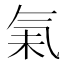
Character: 𰚾